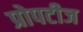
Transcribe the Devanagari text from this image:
प्रोपटीज